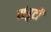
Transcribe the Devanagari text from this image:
संपुटों